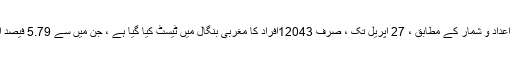
کیلاش وجئے ورگیہ کے اعداد و شمار کے مطابق ، 27 اپریل تک ، صرف 12043افراد کا مغربی بنگال میں ٹیسٹ کیا گیا ہے ، جن میں سے 5.79 فیصد افراد انفیکشن ہوچکے ہیں۔